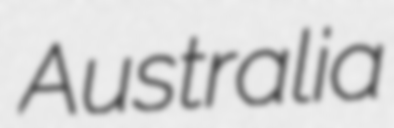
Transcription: Australia